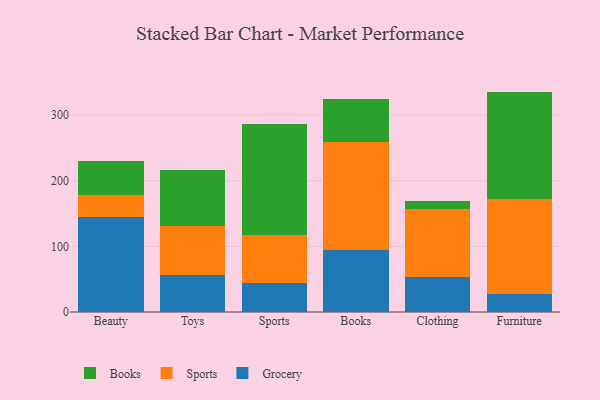
{"axis": {"x": "Category", "y": "Churn Rate (%)"}, "legend": ["Books", "Grocery", "Sports"], "data": [{"x": "Beauty", "y": 145.5, "type": "Grocery"}, {"x": "Beauty", "y": 33.4, "type": "Sports"}, {"x": "Beauty", "y": 51.4, "type": "Books"}, {"x": "Toys", "y": 56.9, "type": "Grocery"}, {"x": "Toys", "y": 74.4, "type": "Sports"}, {"x": "Toys", "y": 84.8, "type": "Books"}, {"x": "Sports", "y": 44.7, "type": "Grocery"}, {"x": "Sports", "y": 72.6, "type": "Sports"}, {"x": "Sports", "y": 169.8, "type": "Books"}, {"x": "Books", "y": 93.9, "type": "Grocery"}, {"x": "Books", "y": 164.7, "type": "Sports"}, {"x": "Books", "y": 65.2, "type": "Books"}, {"x": "Clothing", "y": 53.5, "type": "Grocery"}, {"x": "Clothing", "y": 103.9, "type": "Sports"}, {"x": "Clothing", "y": 12.1, "type": "Books"}, {"x": "Furniture", "y": 27.6, "type": "Grocery"}, {"x": "Furniture", "y": 145.3, "type": "Sports"}, {"x": "Furniture", "y": 162.9, "type": "Books"}]}